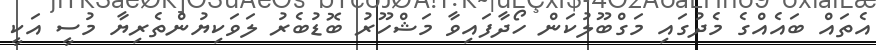
އެތައް ބައެއްގެ މެދުގައި މަގްބޫލުކަން ހޯދާފައިވާ މަޝްހޫރު ބޮޑުބެރު ލަވަކިޔުންތެރިޔާ މުސީ އަކީ